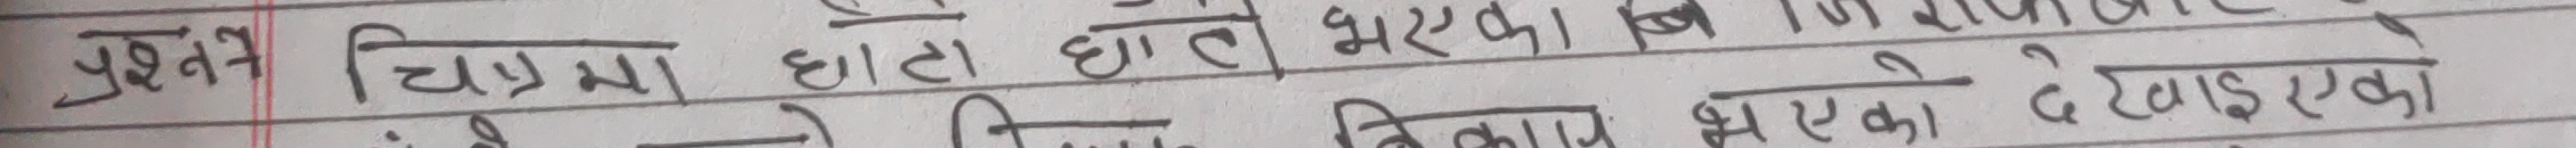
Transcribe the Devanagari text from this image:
प्रश्न चित्रमा घाटा घाटे भयो। बि को राय भएको, देखाएको